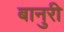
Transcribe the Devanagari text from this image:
बानुरी